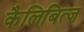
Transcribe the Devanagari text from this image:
कैलिबित्ज